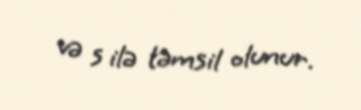
və s ilə təmsil olunur.